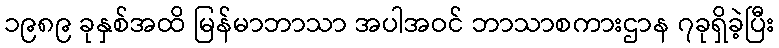
၁၉၈၉ ခုနှစ်အထိ မြန်မာဘာသာ အပါအဝင် ဘာသာစကားဌာန ၇ခုရှိခဲ့ပြီး